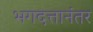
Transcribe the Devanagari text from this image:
भगदत्तानंतर